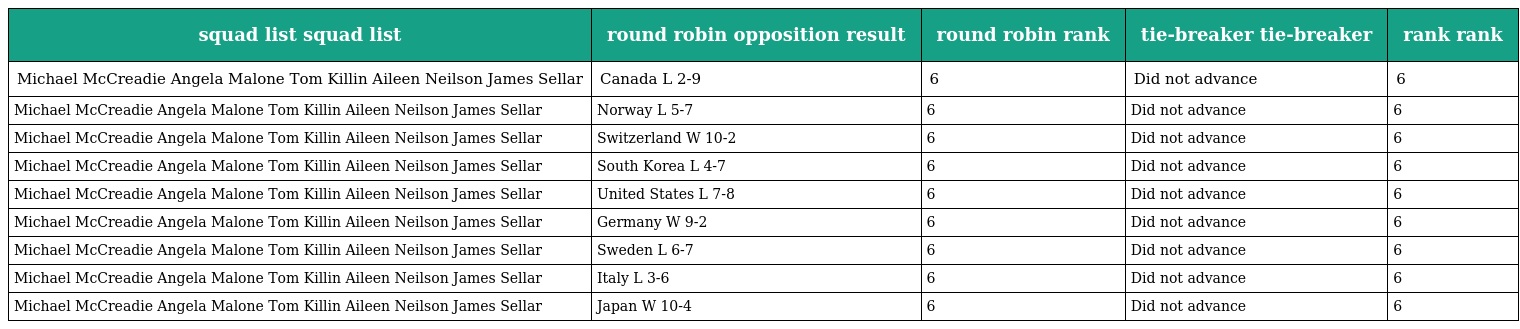
| squad list squad list | round robin opposition result | round robin rank | tie-breaker tie-breaker | rank rank |
 | --- | --- | --- | --- | --- |
 | Michael McCreadie Angela Malone Tom Killin Aileen Neilson James Sellar | Canada L 2-9 | 6 | Did not advance | 6 |
 | Michael McCreadie Angela Malone Tom Killin Aileen Neilson James Sellar | Norway L 5-7 | 6 | Did not advance | 6 |
 | Michael McCreadie Angela Malone Tom Killin Aileen Neilson James Sellar | Switzerland W 10-2 | 6 | Did not advance | 6 |
 | Michael McCreadie Angela Malone Tom Killin Aileen Neilson James Sellar | South Korea L 4-7 | 6 | Did not advance | 6 |
 | Michael McCreadie Angela Malone Tom Killin Aileen Neilson James Sellar | United States L 7-8 | 6 | Did not advance | 6 |
 | Michael McCreadie Angela Malone Tom Killin Aileen Neilson James Sellar | Germany W 9-2 | 6 | Did not advance | 6 |
 | Michael McCreadie Angela Malone Tom Killin Aileen Neilson James Sellar | Sweden L 6-7 | 6 | Did not advance | 6 |
 | Michael McCreadie Angela Malone Tom Killin Aileen Neilson James Sellar | Italy L 3-6 | 6 | Did not advance | 6 |
 | Michael McCreadie Angela Malone Tom Killin Aileen Neilson James Sellar | Japan W 10-4 | 6 | Did not advance | 6 |